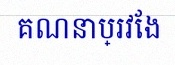
គណនាប្រវែង